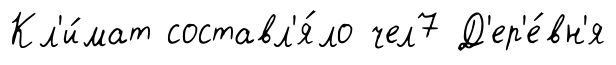
Кл'и́мат составл'я́ло чел7 Д'ер'е́вн'я